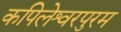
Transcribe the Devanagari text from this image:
कपिलेश्वरपुरम